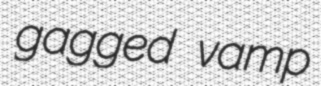
gagged vamp